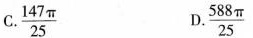
C. \frac{147 \pi}{25} D. \frac{588 \pi} {25}